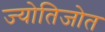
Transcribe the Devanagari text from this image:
ज्योतिजोत